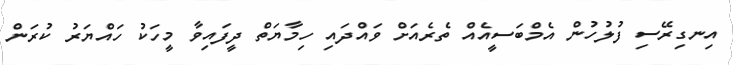
އިނގިރޭސި ފުލުހުން އެމްބަސީއެއް ތެރެއަށް ވައްދައި ހިމާާޔަތް ދީފައިވާ މީހަކު ހައްޔަރު ކުރަން